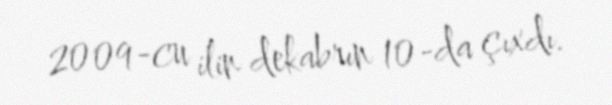
2009-cu ilin dekabrın 10-da çıxdı.